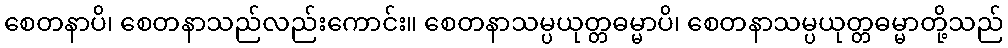
စေတနာပိ၊ စေတနာသည်လည်းကောင်း။ စေတနာသမ္ပယုတ္တဓမ္မာပိ၊ စေတနာသမ္ပယုတ္တဓမ္မာတို့သည်